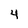
Character: 4